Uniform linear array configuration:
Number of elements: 24
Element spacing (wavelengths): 0.25
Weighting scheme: hann
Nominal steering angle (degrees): -60
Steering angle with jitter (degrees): -59.932
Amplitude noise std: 0.05
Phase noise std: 0.05

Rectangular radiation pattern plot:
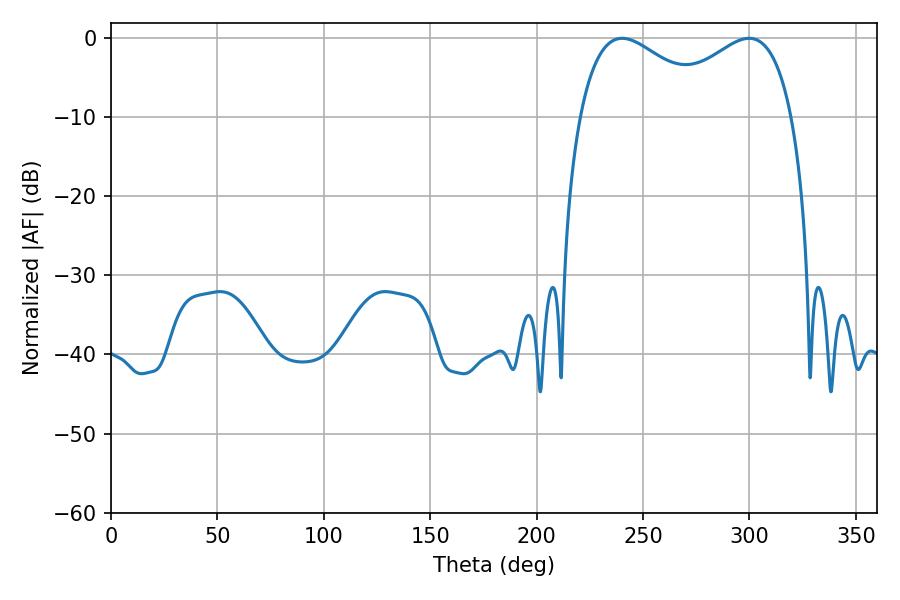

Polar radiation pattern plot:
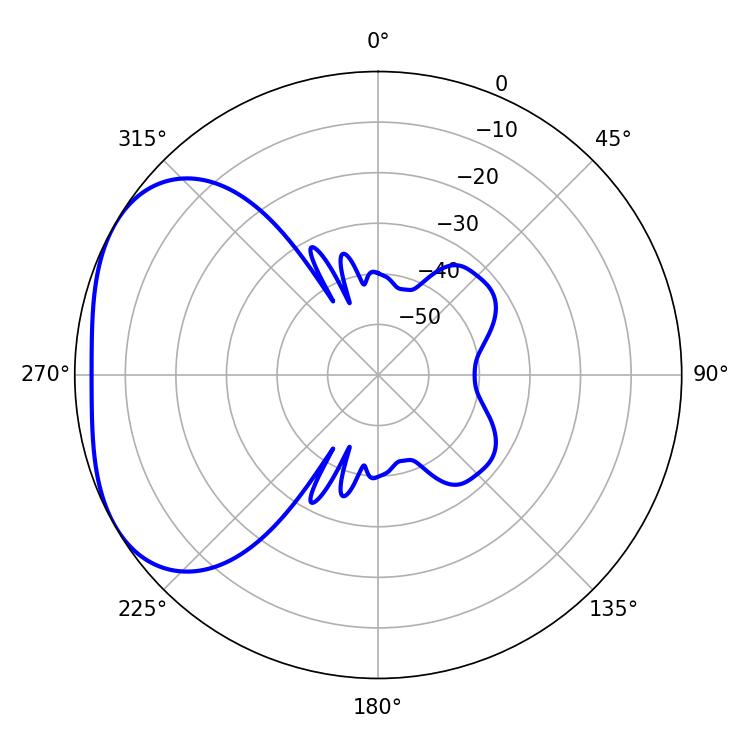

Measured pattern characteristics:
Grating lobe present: FALSE
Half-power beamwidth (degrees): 35.46
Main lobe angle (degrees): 240.12